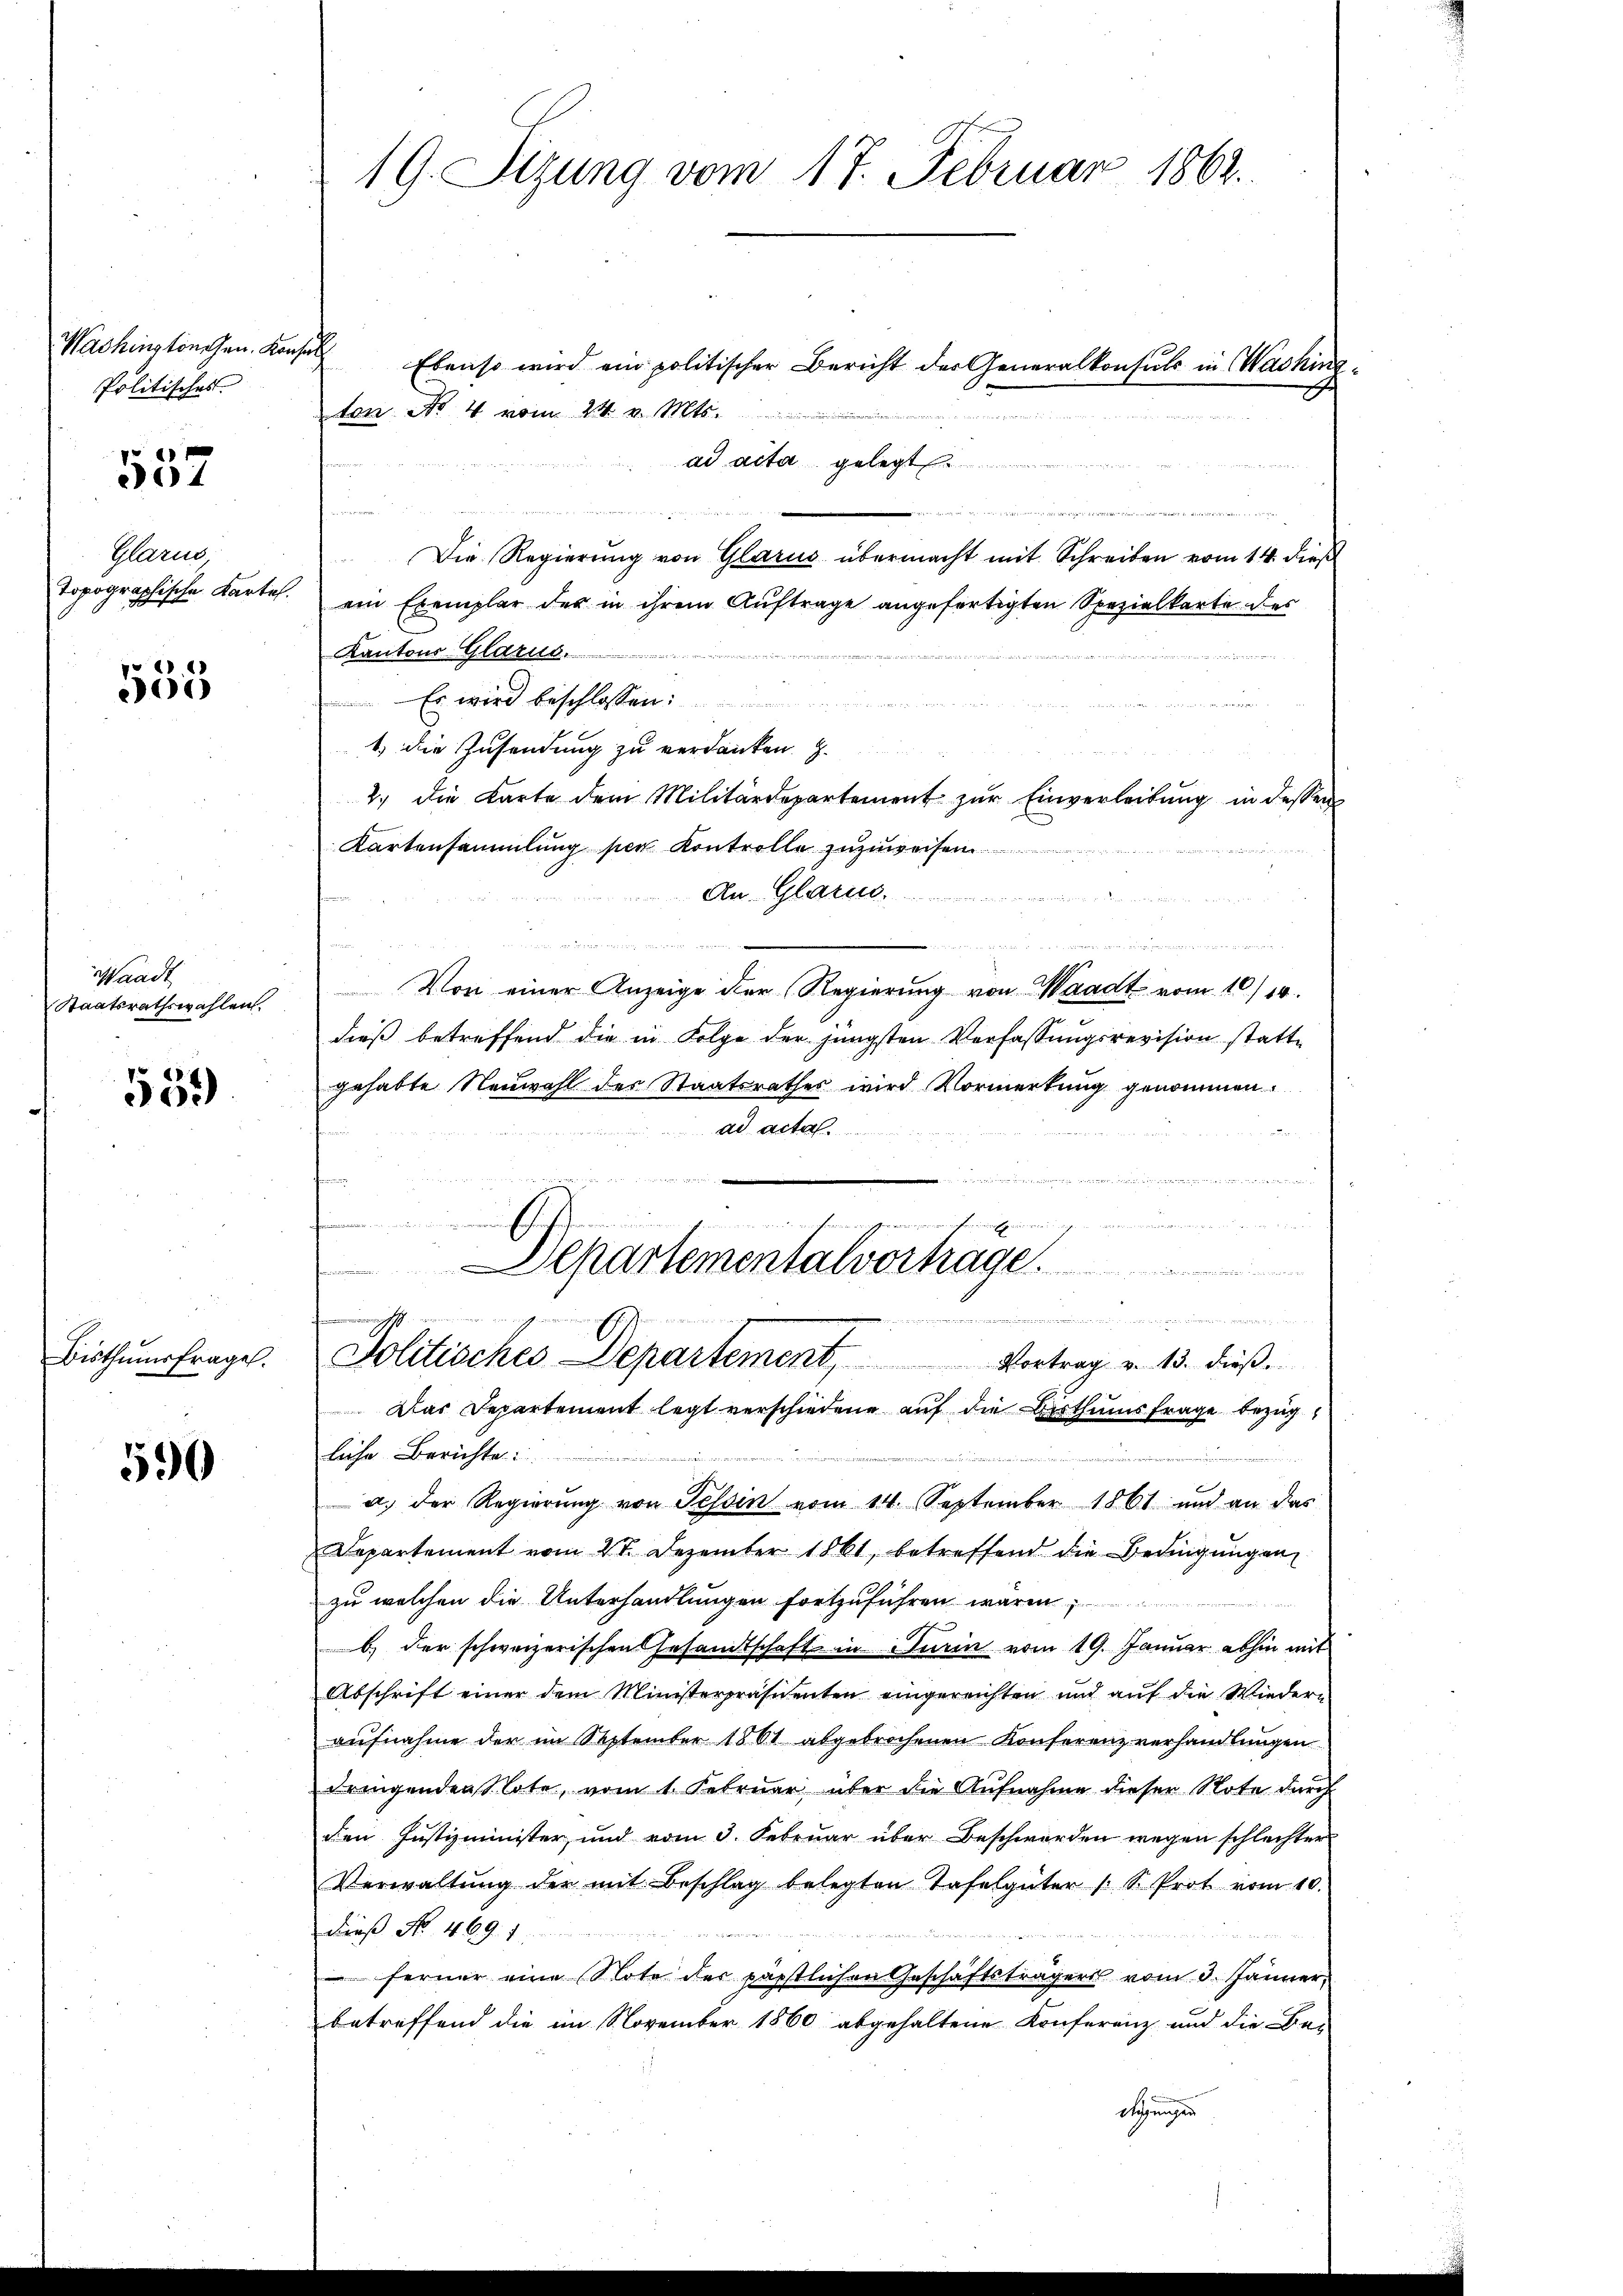
Washingtönchen. Kons.
Politisches

557

Glarus
topographische Kartel.

555

Waadt
Staatsrathswahlen.

559

Bisthumsfrage.

590

19. Sizung vom 17. Februar 1862.

¬
Ebenso wird ein politischer Bericht der Generalkonsuls in Waching
ton Nr. 4 vom 24. v. Mts.
ad acta gelegt
 weniger in eine er wegen es gegen die
Die Regierung von Glarus übermacht mit Schreiben vom 14. dieß
ein Exemplar der in ihrem Auftrage angefertigten Spezielkarte der
Kantons Glarus.
Es wird beschlossen:
1. die Zusendung zu verdanken. E.
2. die Karte dem Militärdepartement zŭr Einverleitŭng in dessen
Kartensammlung sie Kontrolle zuzuweisen
An Glarus,

Von einer Anzeige der Regierung von Waadt vom 10/10.
dieß betreffend die in Folge der jüngsten Verfassungsrevision statte
gehabte Neuwahl des Staatsrathes wird Vormerkung genommen
ad acta.
mdien
   sehe der einen
4
i
Departementalvortrage.
in in eigereiner Ehesten nommen
ahme
Politisches Departement, Vortrag v. 13. dieβ.
Das Departement legt verschiedene auf die Bisthumsfrage bezug
liche Berichte:
a. der Regierŭng von Tessin vom 14. September 1861 und an das
Departement vom 21. Dezember 1861, betreffend die Bedingungen,
zu welchen die Unterhandlungen fortzuführen waren
b. der schweizerischen Gesandtschaft in Turin vom 19. Januar abhin mit
Abschrift einer dem Ministerpräsidenten eingereichten und auf die Wiedern
aufnahme der im September 1861 abgebrochenen Konferenzverhandlungen
dringendenlote, vom 1. Februar über die Aufnahme dieser Note durch
den Justizminister, und vom 3. Februar über Beschwerden wegen schlechter
Verwaltŭng der mit Beschlag belegten Tafelgüter /: S. Prot vom 10.
Dieß No. 469. 1
.
ferner eine Note der päpstlichen Geschäftsträgers vom 3. Jänner,
betreffend die im November 1860 abgehaltene Konferenz und die Be-
digungen